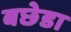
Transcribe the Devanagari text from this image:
बछेडा